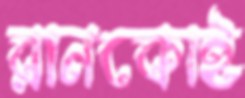
রানকোই